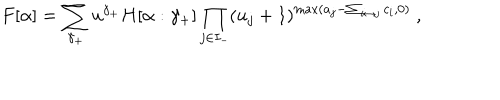
F [ \alpha ] = \sum _ { \gamma _ { + } } u ^ { \gamma _ { + } } H [ \alpha : \gamma _ { + } ] \prod _ { j \in I _ { - } } ( u _ { j } + 1 ) ^ { \max ( a _ { j } - \sum _ { i \leftrightarrow j } c _ { i } , 0 ) } \ ,